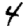
Digit: 4